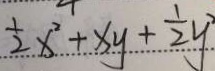
\frac { 1 } { 2 } x ^ { 2 } + x y + \frac { 1 } { 2 } y ^ { 2 }